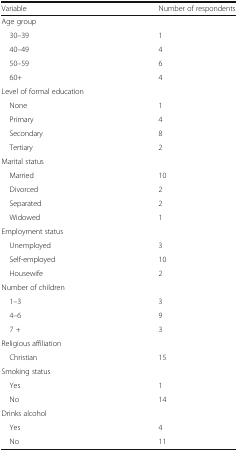
<table><thead><tr><td><b>Variable</b></td><td><b>Number of respondents</b></td></tr></thead><tbody><tr><td colspan="2">Age group</td></tr><tr><td> 30–39</td><td>1</td></tr><tr><td> 40–49</td><td>4</td></tr><tr><td> 50–59</td><td>6</td></tr><tr><td> 60+</td><td>4</td></tr><tr><td colspan="2">Level of formal education</td></tr><tr><td> None</td><td>1</td></tr><tr><td> Primary</td><td>4</td></tr><tr><td> Secondary</td><td>8</td></tr><tr><td> Tertiary</td><td>2</td></tr><tr><td colspan="2">Marital status</td></tr><tr><td> Married</td><td>10</td></tr><tr><td> Divorced</td><td>2</td></tr><tr><td> Separated</td><td>2</td></tr><tr><td> Widowed</td><td>1</td></tr><tr><td colspan="2">Employment status</td></tr><tr><td> Unemployed</td><td>3</td></tr><tr><td> Self-employed</td><td>10</td></tr><tr><td> Housewife</td><td>2</td></tr><tr><td colspan="2">Number of children</td></tr><tr><td> 1–3</td><td>3</td></tr><tr><td> 4–6</td><td>9</td></tr><tr><td> 7 +</td><td>3</td></tr><tr><td colspan="2">Religious affiliation</td></tr><tr><td> Christian</td><td>15</td></tr><tr><td colspan="2">Smoking status</td></tr><tr><td> Yes</td><td>1</td></tr><tr><td> No</td><td>14</td></tr><tr><td colspan="2">Drinks alcohol</td></tr><tr><td> Yes</td><td>4</td></tr><tr><td> No</td><td>11</td></tr></tbody></table>